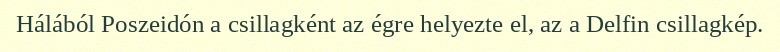
Hálából Poszeidón a csillagként az égre helyezte el, az a Delfin csillagkép.